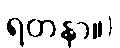
ရတနာ။)